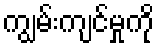
ကျွမ်းကျင်မှုကို